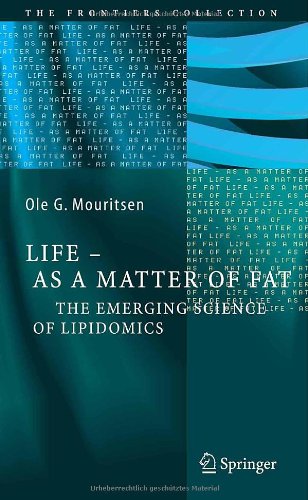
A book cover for Life - As a Matter of Fat; Ole G. Mouritsen; Science & Math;